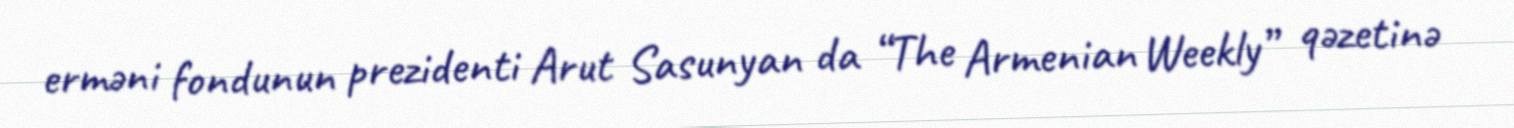
erməni fondunun prezidenti Arut Sasunyan da “The Armenian Weekly” qəzetinə